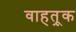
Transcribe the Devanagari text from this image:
वाहतू़क